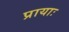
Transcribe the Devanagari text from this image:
प्रायाः